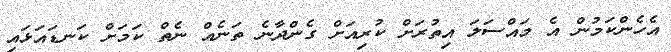
އެހެންކަމުން އެ މައްސަލަ އިތުރަށް ކުރިއަށް ގެންދާނެ ތަނެއް ނެތް ކަމަށް ކަނޑައަޅައި